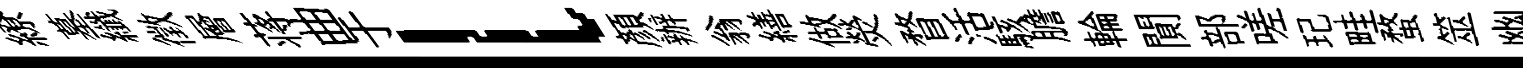
繚墓纖徵層蒋曲于l顏辦翁繕做熒瞀活駭膽輪閴部嗟玘畦蝥筮幽